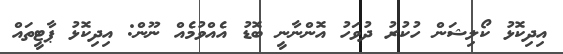
އިދިކޮޅު ކޯލިޝަން ހުކުރު ދުވަހު އޮންނާނީ ބޮޑު އެއްވުމެއް ނޫން: އިދިކޮޅު ޕާޓީތައް